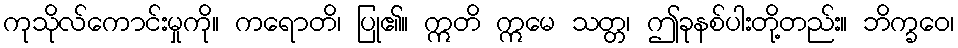
ကုသိုလ်ကောင်းမှုကို။ ကရောတိ၊ ပြု၏။ ဣတိ ဣမေ သတ္တ၊ ဤခုနစ်ပါးတို့တည်း။ ဘိက္ခဝေ၊